Indian journal of veterinary science and animal husbandry - Volume 9,
Year: 1939
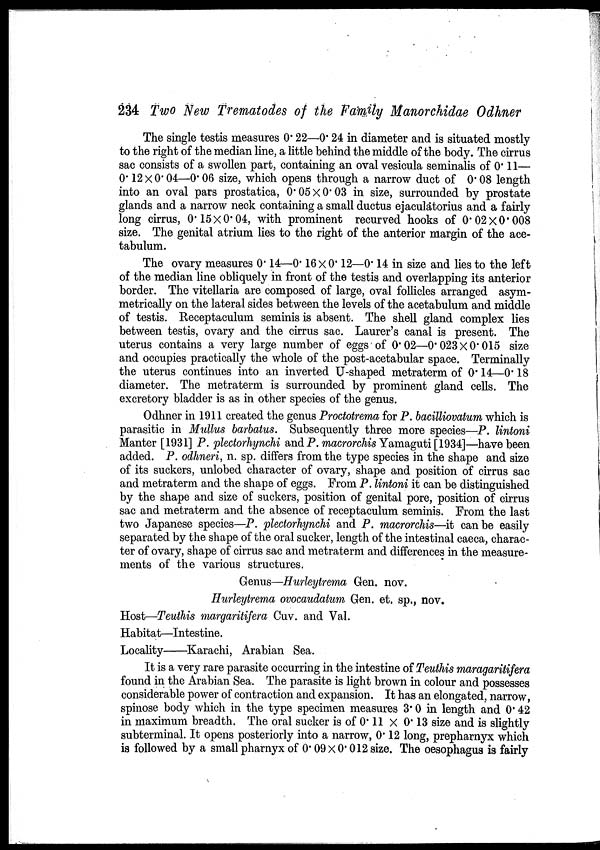
234 Two New Trematodes of the Family Manorchidae Odhner
The single testis measures 0. 22—0. 24 in diameter and is situated mostly
to the right of the median line, a little behind the middle of the body. The cirrus
sac consists of a swollen part, containing an oval vesicula seminalis of 0. 11—
0. 12 × 0.04—0.06 size, which opens through a narrow duct of 0.08 length
into an oval pars prostatica, 0.05 × 0. 03 in size, surrounded by prostate
glands and a narrow neck containing a small ductus ejaculatorius and a fairly
long cirrus, 0.15 × 0.04, with prominent recurved hooks of 0.02 × 0.008
size. The genital atrium lies to the right of the anterior margin of the ace-
tabulum.
The ovary measures 0.14—0.16 × 0.12—0.14 in size and lies to the left
of the median line obliquely in front of the testis and overlapping its anterior
border. The vitellaria are composed of large, oval follicles arranged asym-
metrically on the lateral sides between the levels of the acetabulum and middle
of testis. Receptaculum seminis is absent. The shell gland complex lies
between testis, ovary and the cirrus sac. Laurer's canal is present. The
uterus contains a very large number of eggs of 0.02—0.023 × 0.015 size
and occupies practically the whole of the post-acetabular space. Terminally
the uterus continues into an inverted U-shaped metraterm of 0.14—0.18
diameter. The metraterm is surrounded by prominent gland cells. The
excretory bladder is as in other species of the genus.
Odhner in 1911 created the genus Proctotrema for P. bacilliovatum which is
parasitic in Mullus barbatus. Subsequently three more species—P. lintoni
Manter [1931] P. plectorhynchi and P. macrorchis Yamaguti[1934]—have been
added. P. odhneri, n. sp. differs from the type species in the shape and size
of its suckers, unlobed character of ovary, shape and position of cirrus sac
and metraterm and the shape of eggs. From P. lintoni it can be distinguished
by the shape and size of suckers, position of genital pore, position of cirrus
sac and metraterm and the absence of receptaculum seminis. From the last
two Japanese species—P. plectorhynchi and P. macrorchis—it can be easily
separated by the shape of the oral sucker, length of the intestinal caeca, charac-
ter of ovary, shape of cirrus sac and metraterm and differences in the measure-
ments of the various structures.
Genus—Hurleytrema Gen. nov.
Hurleytrema ovocaudatum Gen. et. sp., nov.
Host—Teuthis margaritifera Cuv. and Val.
Habitat—Intestine.
Locality—Karachi, Arabian Sea.
It is a very rare parasite occurring in the intestine of Teuthis maragaritifera
found in the Arabian Sea. The parasite is light brown in colour and possesses
considerable power of contraction and expansion. It has an elongated, narrow,
spinose body which in the type specimen measures 3.0 in length and 0.42
in maximum breadth. The oral sucker is of 0.11 × 0.13 size and is slightly
subterminal. It opens posteriorly into a narrow, 0.12 long, prepharnyx which
is followed by a small pharnyx of 0.09 × 0.012 size. The oesophagus is fairly